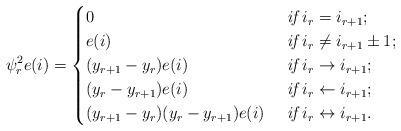
LaTeX: \begin{align*} \psi_r^2e(i)=\begin{cases}0 &\textit{ if } i_r= i_{r+1};\\e(i) &\textit{ if } i_r\neq i_{r+1}\pm 1;\\(y_{r+1}-y_r)e(i) &\textit{ if } i_r\rightarrow i_{r+1};\\(y_r-y_{r+1})e(i) &\textit{ if } i_r\leftarrow i_{r+1};\\(y_{r+1}-y_r)(y_r-y_{r+1})e(i) &\textit{ if } i_r\leftrightarrow i_{r+1}.\end{cases}\end{align*}